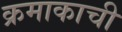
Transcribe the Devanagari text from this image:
क्रमाकाची